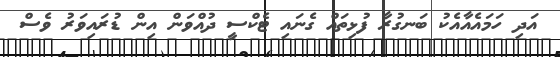
އަދި ހަމައެއާއެކު ބަނގުރާ ފުޅިތައް ގެނައި ޓެކްސީ ދުއްވަން އިން ޑުރައިވަރު ވެސް